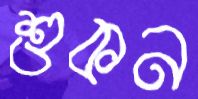
শুকন